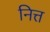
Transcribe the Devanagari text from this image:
नित्त